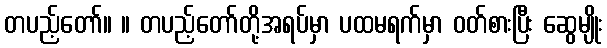
တပည့်တော်။ ။ တပည့်တော်တို့အရပ်မှာ ပထမရက်မှာ ဝတ်စားပြီး ဆွေမျိုး